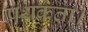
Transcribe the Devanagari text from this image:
पृथकता।